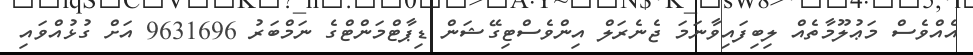
އެއްވެސް މަޢުލޫމާތެއް ލިބިފައިވާނަމަ ޖެނެރަލް އިންވެސްޓިގޭޝަން ޑިޕާޓްމަންޓްގެ ނަމްބަރު 9631696 އަށް ގުޅުއްވައި